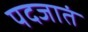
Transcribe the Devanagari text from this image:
पदजातं